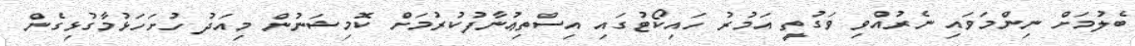
ބެލުމަށް ނިންމަވައި ނެރުއްވި ވަގުތީ އަމުރު ހައިކޯޓުގައި އިސްތިޢުނާފުކުރުމަށް ކޮމިޝަނުން މިއަދު ހުށަހަޅުމާގުޅިގެން